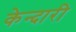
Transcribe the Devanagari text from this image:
केन्दारी